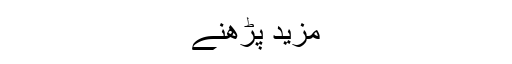
مزید پڑھنے